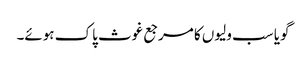
گویا سب ولیوں کا مرجع غوث پاک ہوئے۔